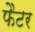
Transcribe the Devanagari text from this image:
फैटर